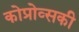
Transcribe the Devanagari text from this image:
कोप्रोव्सकी